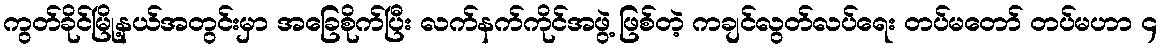
ကွတ်ခိုင်မြို့နယ်အတွင်းမှာ အခြေစိုက်ပြီး လက်နက်ကိုင်အဖွဲ့ ဖြစ်တဲ့ ကချင်လွတ်လပ်ရေး တပ်မတော် တပ်မဟာ ၄